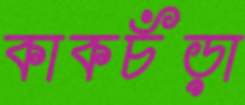
কাকচঁড়া